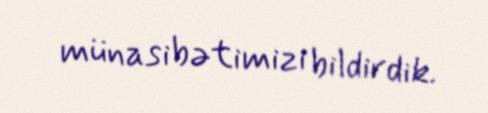
münasibətimizi bildirdik.